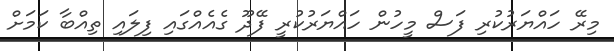
މިރޭ ހައްޔަރުކުރި ފަސް މީހުން ހައްޔަރުކުރީ ފޭދޫ ގެއެއްގައި ފިލައި ތިއްބާ ކަމަށް